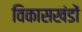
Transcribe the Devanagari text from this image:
विकासखंडों